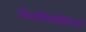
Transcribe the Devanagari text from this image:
क्रिप्टोलिंगविस्टिक